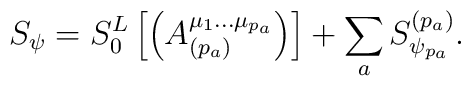
S_\psi =S_0^L\left[ \left( A_{(p_a)}^{\mu _1\ldots \mu_{p_a}}\right) \right] +\sum\limits_aS_{\psi _{p_a}}^{(p_a)}.